Problem: 2 × 7 = ?
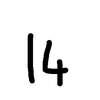
Handwritten answer: 14